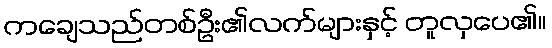
ကချေသည်တစ်ဦး၏လက်များနှင့် တူလှပေ၏။